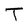
Character: T